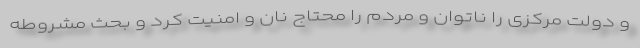
و دولت مرکزی را ناتوان و مردم را محتاج نان و امنیت کرد و بحث مشروطه